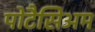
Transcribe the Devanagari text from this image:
पोटैसिअम